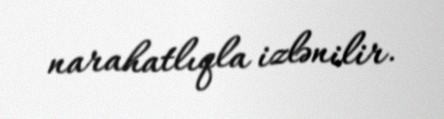
narahatlıqla izlənilir.